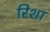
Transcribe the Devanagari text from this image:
रिशा